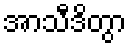
အာသီဒိတွာ